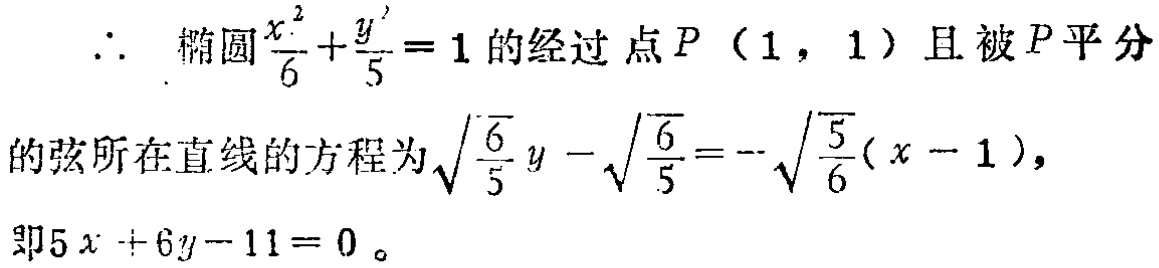
\(\therefore\) 椭圆\(\frac{x^{2}}{6}+\frac{y^{2}}{5}=1\)的经过点\(P(1,1)\)且被\(P\)平分的弦所在直线的方程为\(\sqrt{\frac{6}{5}}y - \sqrt{\frac{6}{5}}=-\sqrt{\frac{5}{6}}(x - 1)\)，即\(5x + 6y - 11 = 0\)。